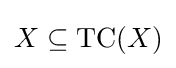
{\textstyle X\subseteq \operatorname {TC} (X)}